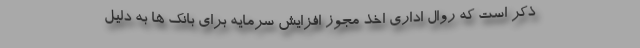
ذکر است که روال اداری اخذ مجوز افزایش سرمایه برای بانک ها به دلیل